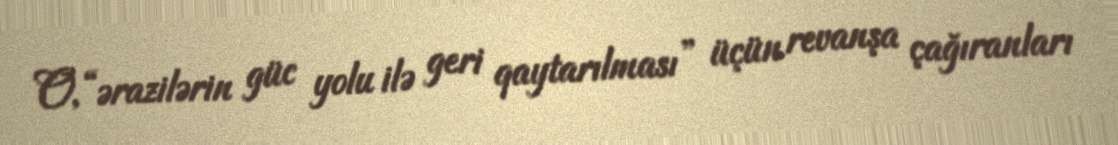
O, “ərazilərin güc yolu ilə geri qaytarılması” üçün revanşa çağıranları